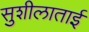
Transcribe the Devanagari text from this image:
सुशीलाताई